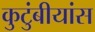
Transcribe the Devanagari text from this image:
कुटुंबीयांस